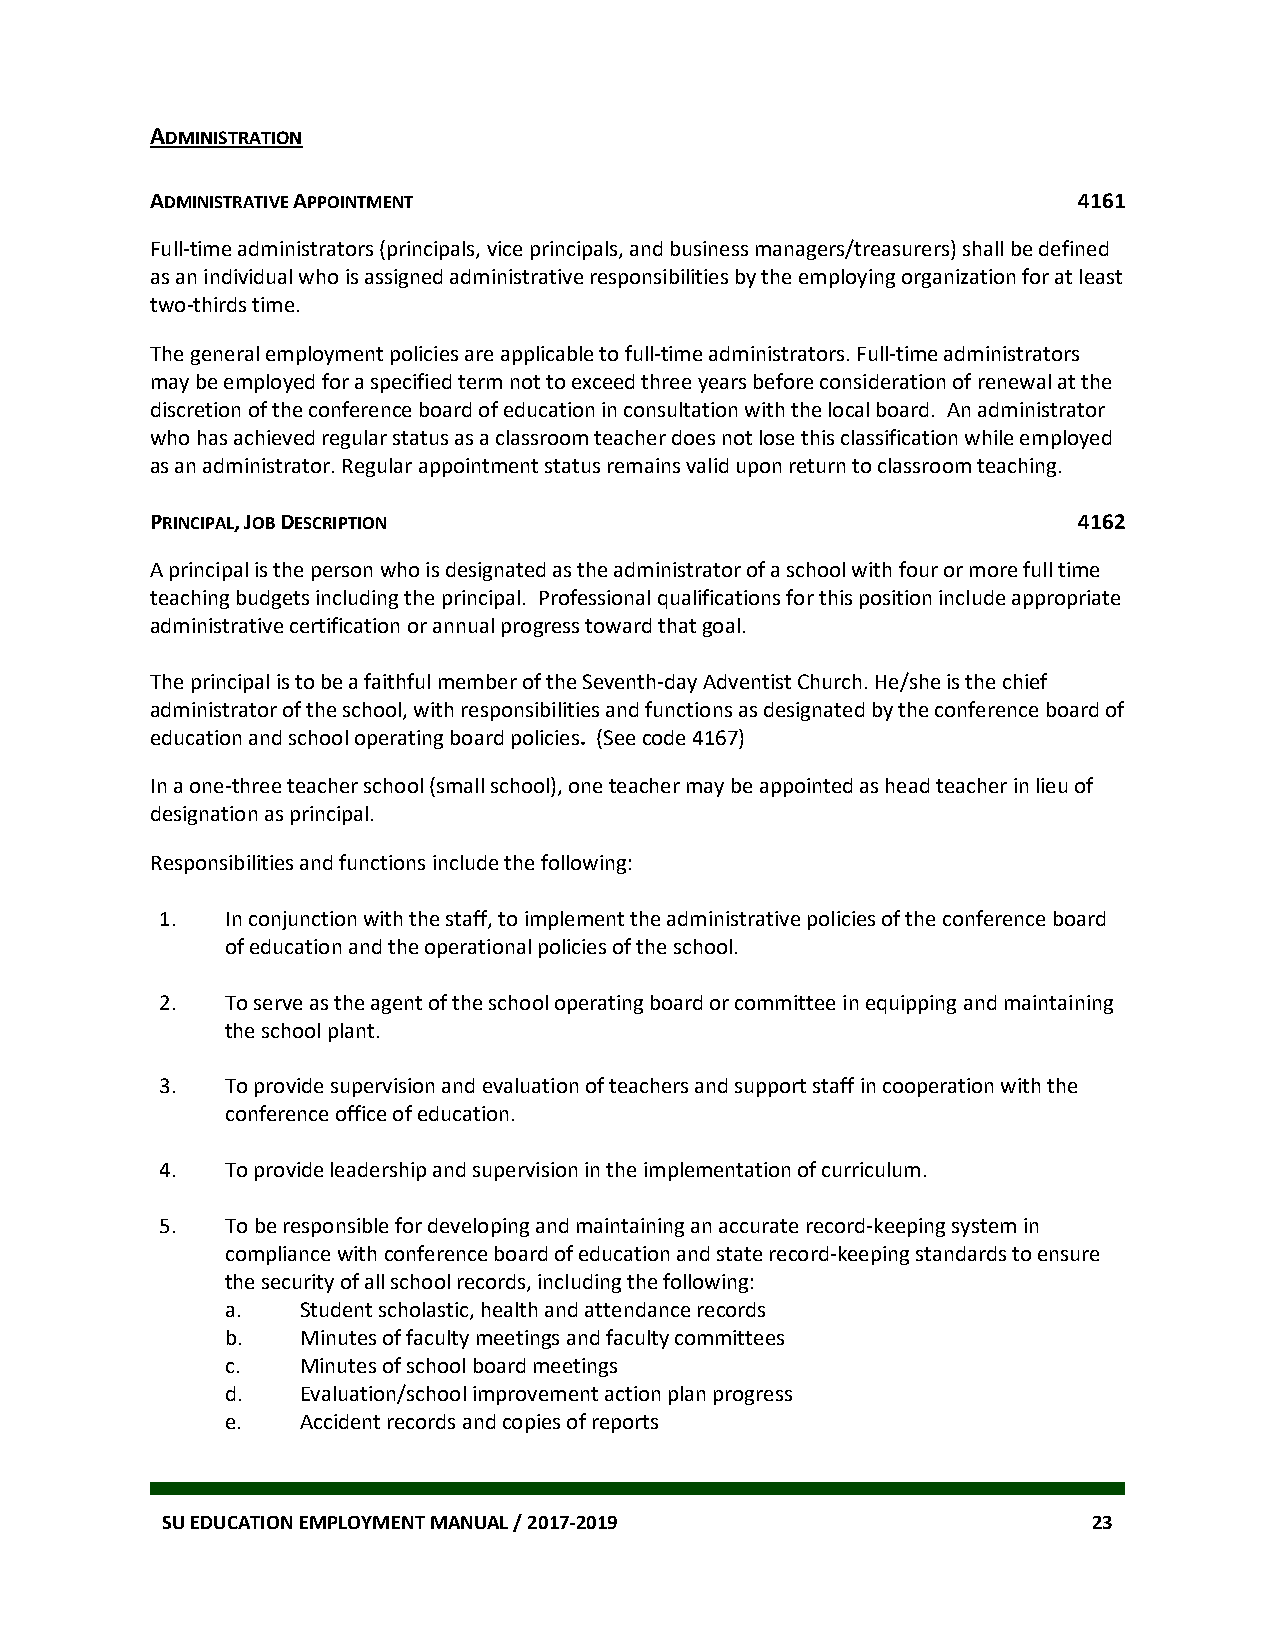
ADMINISTRATION
 ADMINISTRATIVE APPOINTMENT                                   4161
 Full-time administrators (principals, vice principals, and business managers/treasurers) shall be defined
 as an individual who is assigned administrative responsibilities by the employing organization for at least
 two-thirds time.
 The general employment policies are applicable to full-time administrators. Full-time administrators
 may be employed for a specified term not to exceed three years before consideration of renewal at the
 discretion of the conference board of education in consultation with the local board. An administrator
 who has achieved regular status as a classroom teacher does not lose this classification while employed
 as an administrator. Regular appointment status remains valid upon return to classroom teaching.
 PRINCIPAL, JOB DESCRIPTION                                   4162
 A principal is the person who is designated as the administrator of a school with four or more full time
 teaching budgets including the principal. Professional qualifications for this position include appropriate
 administrative certification or annual progress toward that goal.
 The principal is to be a faithful member of the Seventh-day Adventist Church. He/she is the chief
 administrator of the school, with responsibilities and functions as designated by the conference board of
 education and school operating board policies. (See code 4167)
 In a one-three teacher school (small school), one teacher may be appointed as head teacher in lieu of
 designation as principal.
 Responsibilities and functions include the following:
 1.  In conjunction with the staff, to implement the administrative policies of the conference board
 of education and the operational policies of the school.
 2.  To serve as the agent of the school operating board or committee in equipping and maintaining
 the school plant.
 3.  To provide supervision and evaluation of teachers and support staff in cooperation with the
 conference office of education.
 4.  To provide leadership and supervision in the implementation of curriculum.
 5.  To be responsible for developing and maintaining an accurate record-keeping system in
 compliance with conference board of education and state record-keeping standards to ensure
 the security of all school records, including the following:
 a.   Student scholastic, health and attendance records
 b.   Minutes of faculty meetings and faculty committees
 c.   Minutes of school board meetings
 d.   Evaluation/school improvement action plan progress
 e.   Accident records and copies of reports
 SU EDUCATION EMPLOYMENT MANUAL / 2017-2019                   23